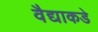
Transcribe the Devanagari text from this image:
वैद्याकडे